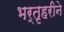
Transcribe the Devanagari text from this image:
भर्तृहरीने